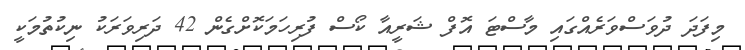
މިފަދަ ދުވަސްވަރެއްގައި މާސްޓަ އޮފް ޝަރީއާ ކޯސް ފުރިހަމަކޮށްގެން 42 ދަރިވަރަކު ނިކުތުމަކީ